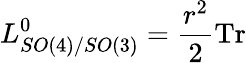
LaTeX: L_{SO(4)/SO(3)}^{0}={\frac{r^{2}}{2}}\mathrm{Tr}